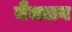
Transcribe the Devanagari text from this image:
मैजलन